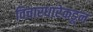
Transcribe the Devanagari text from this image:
विचारधारेकडून